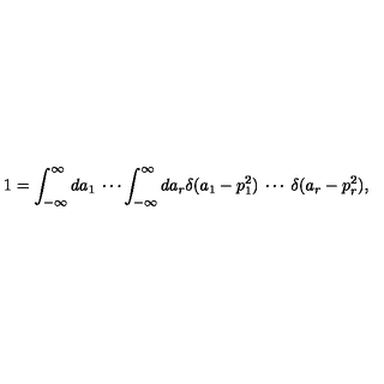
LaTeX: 1 = \int _ { - \infty } ^ { \infty } d a _ { 1 } \: \cdots \int _ { - \infty } ^ { \infty } d a _ { r } \delta ( a _ { 1 } - p _ { 1 } ^ { 2 } ) \: \cdots \: \delta ( a _ { r } - p _ { r } ^ { 2 } ) ,